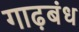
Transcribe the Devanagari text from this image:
गाढ़बंध